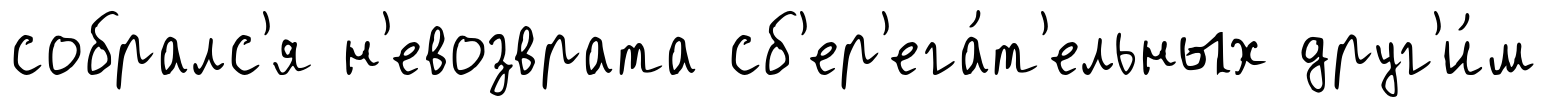
собралс'я н'евозврата сб'ер'ега́т'ельных друг'и́м